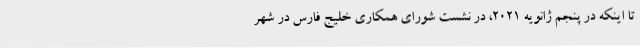
تا اینکه در پنجم ژانویه ۲۰۲۱، در نشست شورای همکاری خلیج فارس در شهر